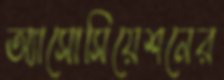
অ্যাসোসিয়েশনের